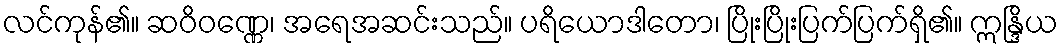
လင်ကုန်၏။ ဆဝိဝဏ္ဏေ၊ အရေအဆင်းသည်။ ပရိယောဒါတော၊ ပြိုးပြိုးပြက်ပြက်ရှိ၏။ ဣန္ဒြိယ